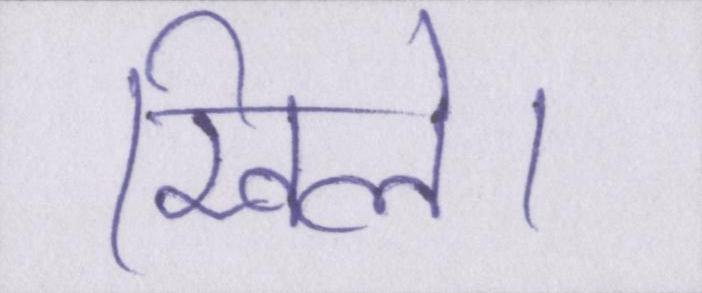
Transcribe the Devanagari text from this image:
खिले।